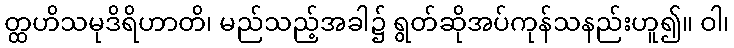
တ္ထဟိသမုဒိရိဟာတိ၊ မည်သည့်အခါ၌ ရွတ်ဆိုအပ်ကုန်သနည်းဟူ၍။ ဝါ၊